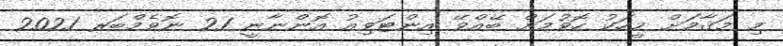
މި މަޤާމަށް މީހަކު ހޮވުމަށް ބޭއްވޭ އިންޓަވިއު އޮންނާނީ 21 ނޮވެމްބަރ 2021